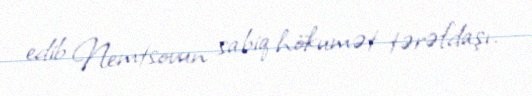
edib Nemtsovun sabiq hökumət tərəfdaşı.